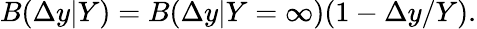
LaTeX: B(\Delta y|Y)=B(\Delta y|Y=\infty)(1-\Delta y/Y).